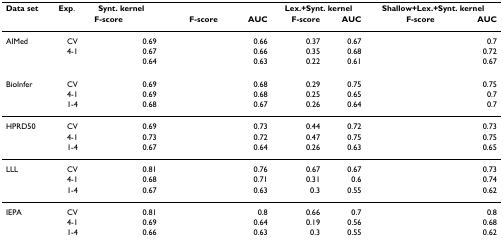
<table><thead><tr><td><b>Data set</b></td><td><b>Exp.</b></td><td colspan="2"><b>Synt. kernel</b></td><td colspan="2">[EMPTY_CELL]</td><td colspan="2"><b>Lex.+Synt. kernel</b></td><td colspan="2"><b>Shallow+Lex.+Synt. kernel</b></td></tr><tr><td>[EMPTY_CELL]</td><td>[EMPTY_CELL]</td><td><b>F-score</b></td><td>[EMPTY_CELL]</td><td><b>F-score</b></td><td><b>AUC</b></td><td><b>F-score</b></td><td><b>AUC</b></td><td><b>F-score</b></td><td><b>AUC</b></td></tr></thead><tbody><tr><td>AIMed</td><td>CV</td><td>[EMPTY_CELL]</td><td>0.69</td><td>[EMPTY_CELL]</td><td>0.66</td><td>0.37</td><td>0.67</td><td>[EMPTY_CELL]</td><td>0.7</td></tr><tr><td>[EMPTY_CELL]</td><td>4-1</td><td>[EMPTY_CELL]</td><td>0.67</td><td>[EMPTY_CELL]</td><td>0.66</td><td>0.35</td><td>0.68</td><td>[EMPTY_CELL]</td><td>0.72</td></tr><tr><td>[EMPTY_CELL]</td><td>[EMPTY_CELL]</td><td>[EMPTY_CELL]</td><td>0.64</td><td>[EMPTY_CELL]</td><td>0.63</td><td>0.22</td><td>0.61</td><td>[EMPTY_CELL]</td><td>0.67</td></tr><tr><td>BioInfer</td><td>CV</td><td>[EMPTY_CELL]</td><td>0.69</td><td>[EMPTY_CELL]</td><td>0.68</td><td>0.29</td><td>0.75</td><td>[EMPTY_CELL]</td><td>0.75</td></tr><tr><td>[EMPTY_CELL]</td><td>4-1</td><td>[EMPTY_CELL]</td><td>0.69</td><td>[EMPTY_CELL]</td><td>0.68</td><td>0.25</td><td>0.65</td><td>[EMPTY_CELL]</td><td>0.7</td></tr><tr><td>[EMPTY_CELL]</td><td>1-4</td><td>[EMPTY_CELL]</td><td>0.68</td><td>[EMPTY_CELL]</td><td>0.67</td><td>0.26</td><td>0.64</td><td>[EMPTY_CELL]</td><td>0.7</td></tr><tr><td>HPRD50</td><td>CV</td><td>[EMPTY_CELL]</td><td>0.69</td><td>[EMPTY_CELL]</td><td>0.73</td><td>0.44</td><td>0.72</td><td>[EMPTY_CELL]</td><td>0.73</td></tr><tr><td>[EMPTY_CELL]</td><td>4-1</td><td>[EMPTY_CELL]</td><td>0.73</td><td>[EMPTY_CELL]</td><td>0.72</td><td>0.47</td><td>0.75</td><td>[EMPTY_CELL]</td><td>0.75</td></tr><tr><td>[EMPTY_CELL]</td><td>1-4</td><td>[EMPTY_CELL]</td><td>0.67</td><td>[EMPTY_CELL]</td><td>0.64</td><td>0.26</td><td>0.63</td><td>[EMPTY_CELL]</td><td>0.65</td></tr><tr><td>LLL</td><td>CV</td><td>[EMPTY_CELL]</td><td>0.81</td><td>[EMPTY_CELL]</td><td>0.76</td><td>0.67</td><td>0.67</td><td>[EMPTY_CELL]</td><td>0.73</td></tr><tr><td>[EMPTY_CELL]</td><td>4-1</td><td>[EMPTY_CELL]</td><td>0.68</td><td>[EMPTY_CELL]</td><td>0.71</td><td>0.31</td><td>0.6</td><td>[EMPTY_CELL]</td><td>0.74</td></tr><tr><td>[EMPTY_CELL]</td><td>1-4</td><td>[EMPTY_CELL]</td><td>0.67</td><td>[EMPTY_CELL]</td><td>0.63</td><td>0.3</td><td>0.55</td><td>[EMPTY_CELL]</td><td>0.62</td></tr><tr><td>IEPA</td><td>CV</td><td>[EMPTY_CELL]</td><td>0.81</td><td>[EMPTY_CELL]</td><td>0.8</td><td>0.66</td><td>0.7</td><td>[EMPTY_CELL]</td><td>0.8</td></tr><tr><td>[EMPTY_CELL]</td><td>4-1</td><td>[EMPTY_CELL]</td><td>0.69</td><td>[EMPTY_CELL]</td><td>0.64</td><td>0.19</td><td>0.56</td><td>[EMPTY_CELL]</td><td>0.68</td></tr><tr><td>[EMPTY_CELL]</td><td>1-4</td><td>[EMPTY_CELL]</td><td>0.66</td><td>[EMPTY_CELL]</td><td>0.63</td><td>0.3</td><td>0.55</td><td>[EMPTY_CELL]</td><td>0.62</td></tr></tbody></table>